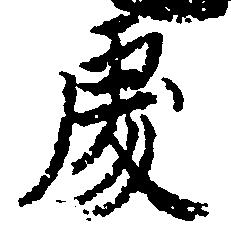
処